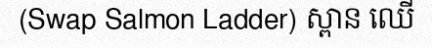
(Swap Salmon Ladder) ស្ពាន ឈើ